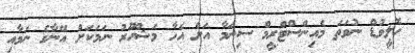
ހޮލީވުޑް ނުވަތަ މެއިންސްޓްރީމް ސިނަމާ އަށް އެހާ މަޝްހޫރު ނަމަކަށް އޭނާގެ ނަމާއި